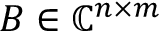
B \in \mathbb { C } ^ { n \times m }